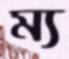
ম্য